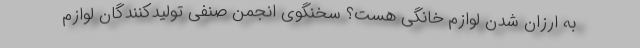
به ارزان شدن لوازم خانگی هست؟ سخنگوی انجمن صنفی تولیدکنندگان لوازم